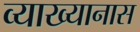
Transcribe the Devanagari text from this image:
व्याख्यानास